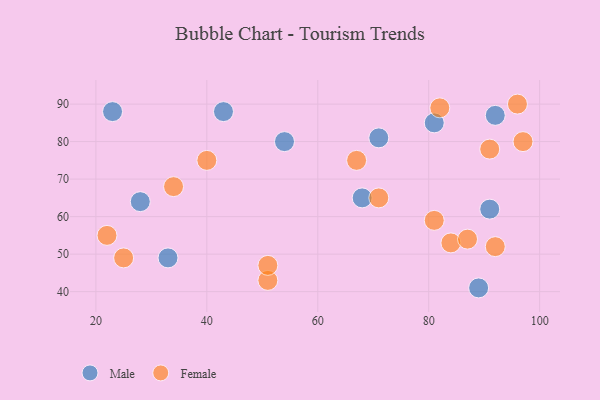
{"axis": {"x": "GDP", "y": "Life Expectancy"}, "legend": ["Female", "Male"], "data": [{"x": "28", "y": 64, "type": "Male"}, {"x": "43", "y": 88, "type": "Male"}, {"x": "68", "y": 65, "type": "Male"}, {"x": "91", "y": 62, "type": "Male"}, {"x": "23", "y": 88, "type": "Male"}, {"x": "92", "y": 87, "type": "Male"}, {"x": "54", "y": 80, "type": "Male"}, {"x": "89", "y": 41, "type": "Male"}, {"x": "71", "y": 81, "type": "Male"}, {"x": "81", "y": 85, "type": "Male"}, {"x": "33", "y": 49, "type": "Male"}, {"x": "22", "y": 55, "type": "Female"}, {"x": "34", "y": 68, "type": "Female"}, {"x": "51", "y": 43, "type": "Female"}, {"x": "51", "y": 47, "type": "Female"}, {"x": "84", "y": 53, "type": "Female"}, {"x": "67", "y": 75, "type": "Female"}, {"x": "81", "y": 59, "type": "Female"}, {"x": "40", "y": 75, "type": "Female"}, {"x": "71", "y": 65, "type": "Female"}, {"x": "97", "y": 80, "type": "Female"}, {"x": "96", "y": 90, "type": "Female"}, {"x": "91", "y": 78, "type": "Female"}, {"x": "25", "y": 49, "type": "Female"}, {"x": "87", "y": 54, "type": "Female"}, {"x": "82", "y": 89, "type": "Female"}, {"x": "92", "y": 52, "type": "Female"}]}